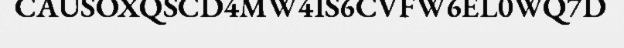
CAUSOXQSCD4MW4IS6CVFW6EL0WQ7D